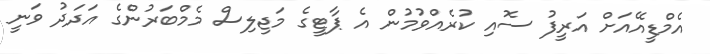
އެމްޑީއޭއަށް އަރީފު ސޮއި ކުރެއްވުމުން އެ ޕާޓީގެ މަޖިލިސް މެމްބަރުންގެ އަދަދު ވަނީ